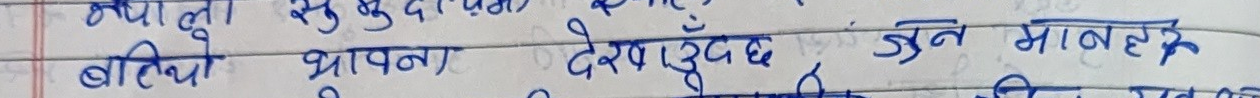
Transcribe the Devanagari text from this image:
क्यालो सुखुदेवको चाहिँ
बल्झियो थापना देखिरहेछ जुन मानवहरु